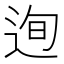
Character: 迿